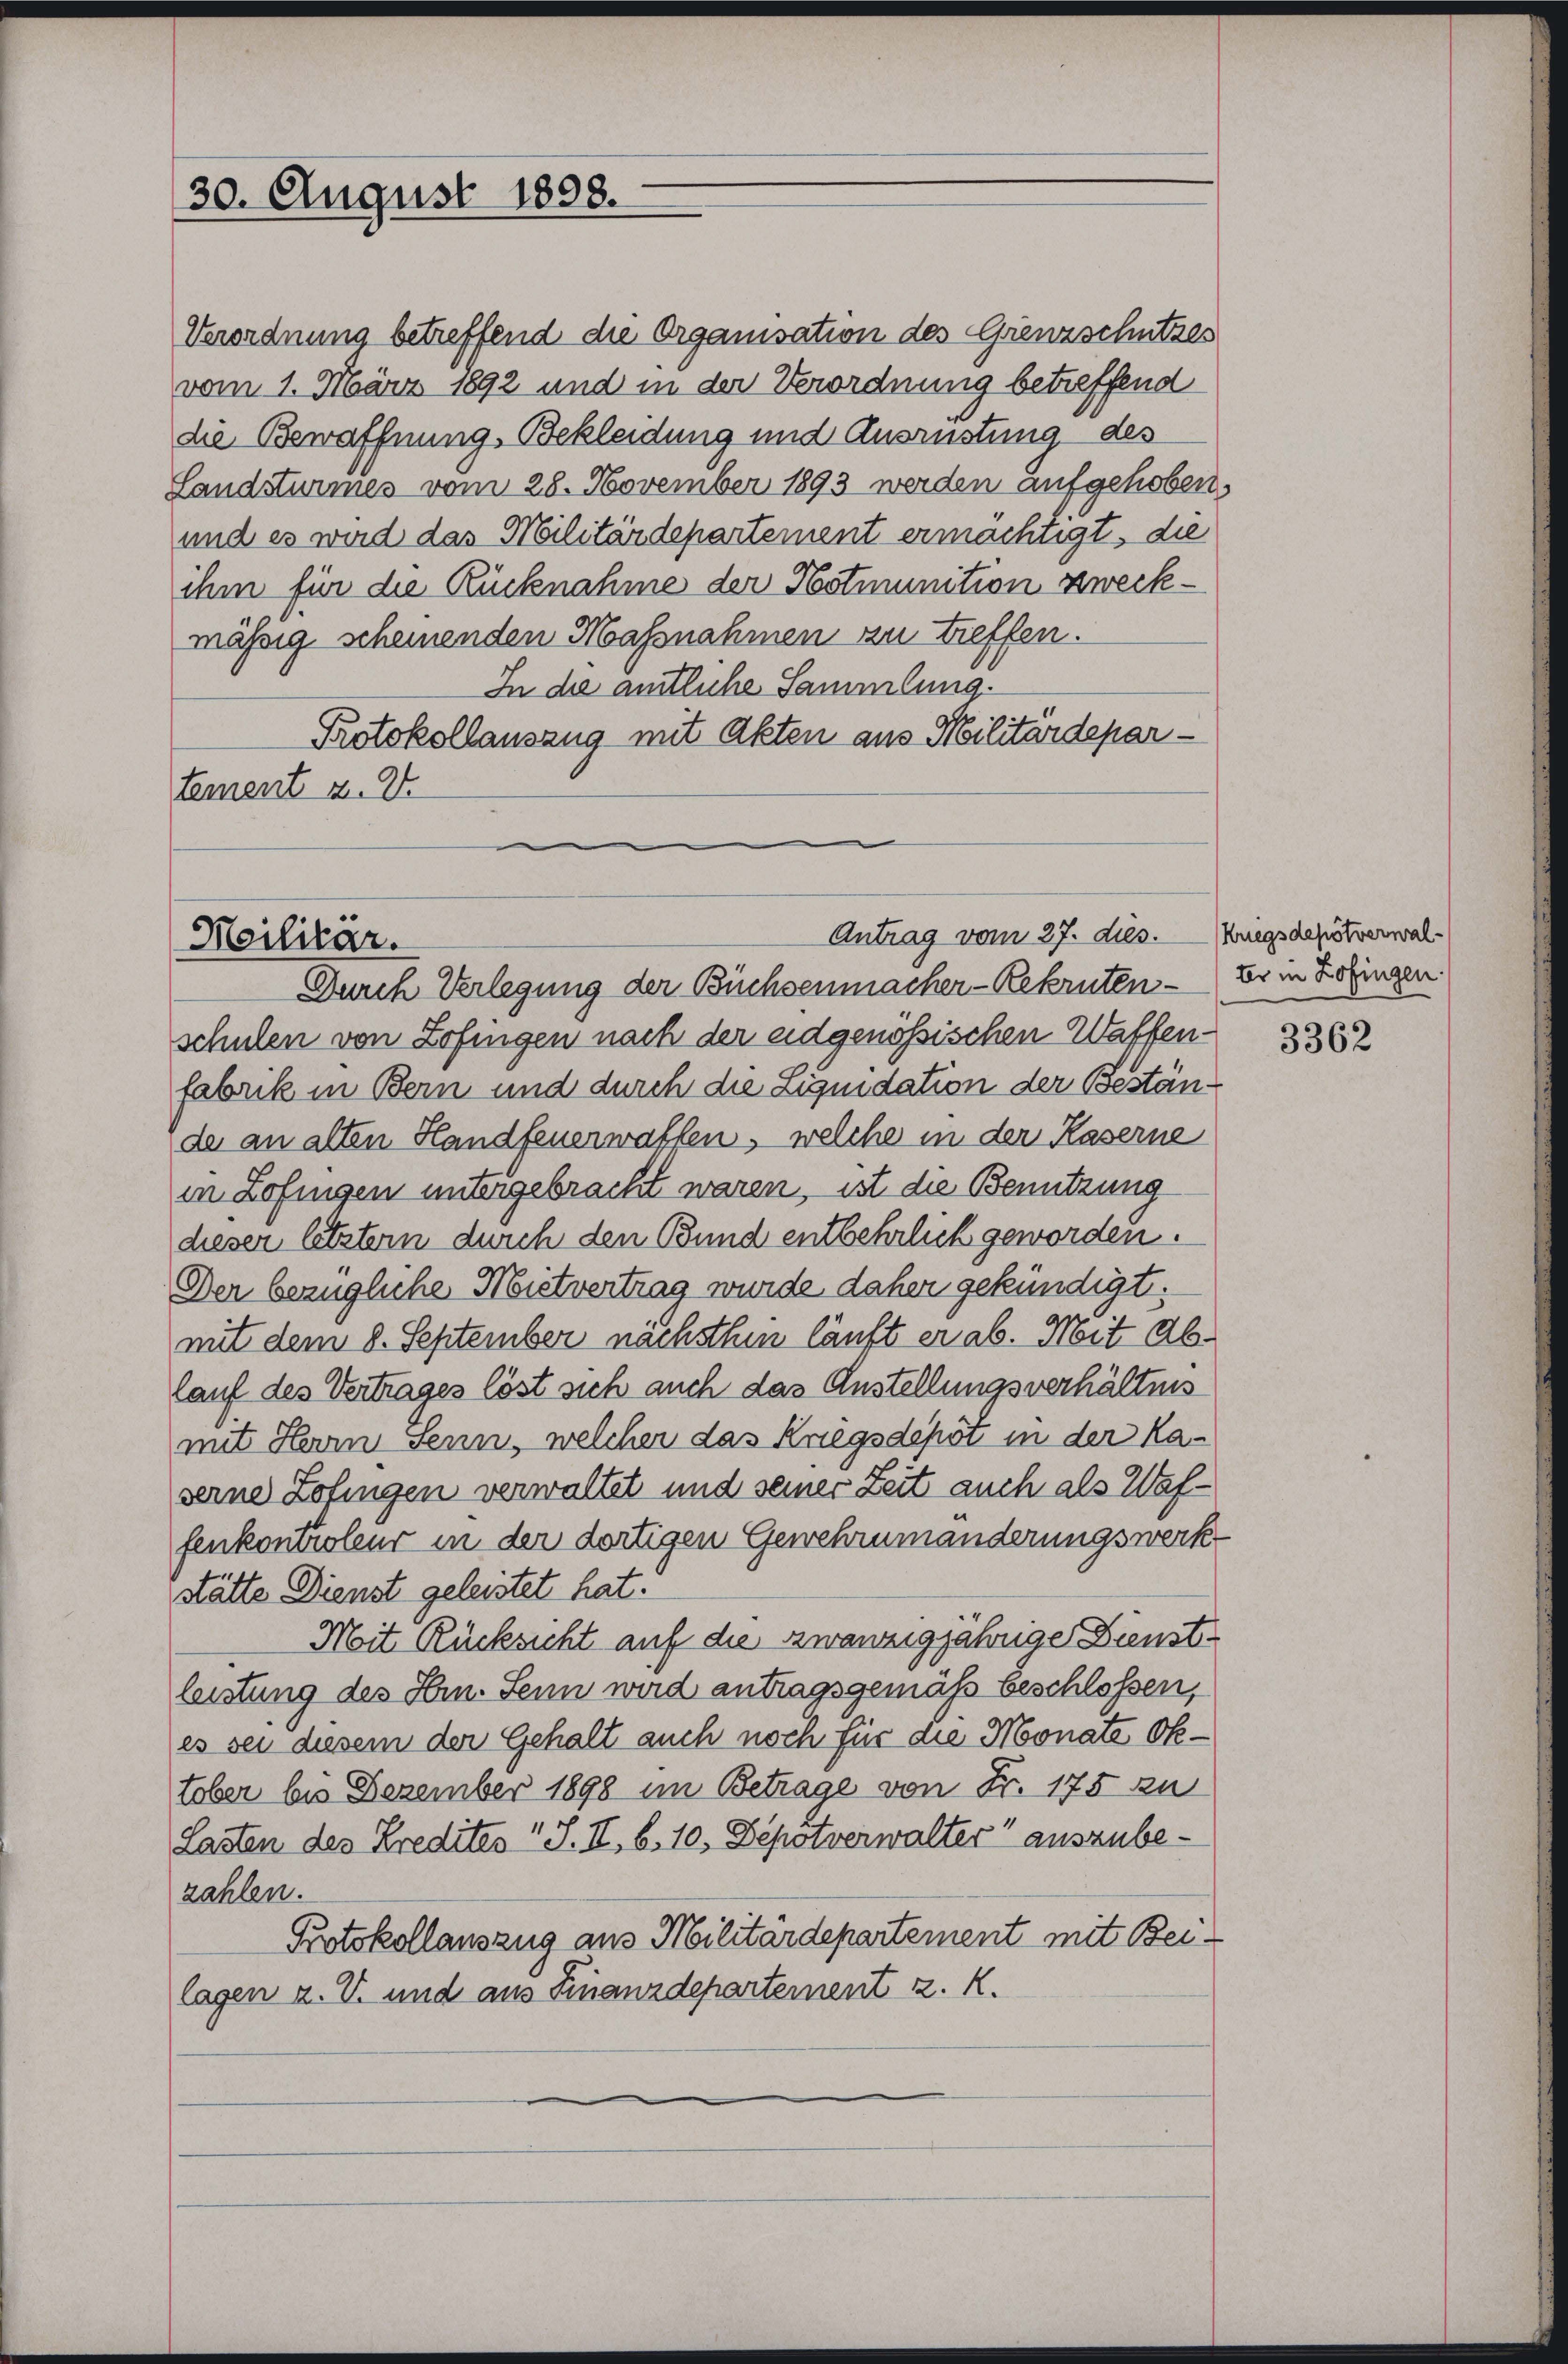
30. August 1898.

und es wird das Militärdepartement ermächtigt, die
ihm für die Rücknahme der Hotmunition zweckmässig scheinenden Massnahmen zu treffen.
In die amtliche Sammlung.
Protokollauszug mit Akten aus Militärdepartement z. 2.

Antrag vom 27. dies.
Moilitär.
Durch Verlegung der Büchsenmacher-Rekruten - Er in Zofingen

Verordnung betreffend die Organisation des Grenzschutzes
vom 1. März 1892 und in der Verordnung betreffend
die Bewaffnung, Bekleidung und Ausrüstung des
Landsturmes vom 28. November 1893 werden aufgehoben.

schulen von Zofingen nach der eidgenössischen Waffenfabrik in Bern und durch die Liquidation der Bestände an alten Handfeuerwaffen, welche in der Kaserne
in Zofingen untergebracht waren, ist die Benutzung
dieser letztem durch den Bund entbehrlich geworden.
Der bezügliche Mistvertrag wurde daher gekündigt.
mit dem 8. September nachsthin läuft er ab. Mit Ablauf des Vertrages löst sich auch das Anstellungsverhältnis
mit Herrn Senn, welcher das Kriegsdepot in der Kaserne Zofingen verwaltet und seiner Zeit auch als Waffenkontroleur in der dortigen Gewehrumänderungswerkstätte Dienst geleistet hat.
Mit Rücksicht auf die zwanzigjährige Dienstleistung des Hrn. Senn wird antragsgemäß beschlossen,
es sei diesem der Gehalt auch noch für die Monate Oktober bis Dezember 1898 im Betrage von Fr. 175 zu
Lasten des Kredites " J. II, 6. 10. Depötverwalter“ auszubezahlen.
Protokollauszug aus Militärdepartement mit Beilagen u. V. und aus Finanzdepartement z. K.

Kriegsdepötverwal¬

3362